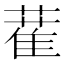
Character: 𦼉